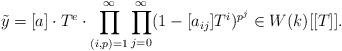
LaTeX: \begin{align*}\tilde{y}= [a] \cdot T^e \cdot \prod_{(i,p)=1}^{\infty} \prod_{j=0}^{\infty} (1- [a_{ij}] T^i)^{p^j} \in W(k)[[T]].\end{align*}